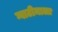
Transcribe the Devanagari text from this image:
ग्वाटीमाला